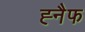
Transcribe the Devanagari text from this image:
ह्नैफ